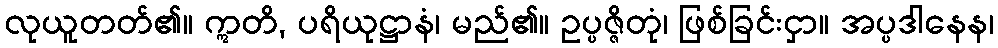
လုယူတတ်၏။ ဣတိ, ပရိယုဋ္ဌာနံ၊ မည်၏။ ဥပ္ပဇ္ဇိတုံ၊ ဖြစ်ခြင်းငှာ။ အပ္ပဒါနေန၊